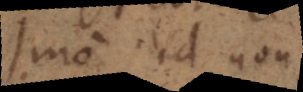
Imo id non